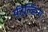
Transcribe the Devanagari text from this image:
फ़ील्डिन्ग